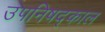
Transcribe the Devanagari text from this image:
उपनिषद्काल